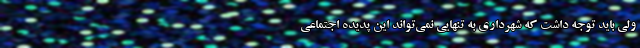
ولی باید توجه داشت که شهرداری به تنهایی نمی‌تواند این پدیده اجتماعی